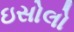
ઇસોલો